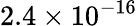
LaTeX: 2.4\times 10^{-16}